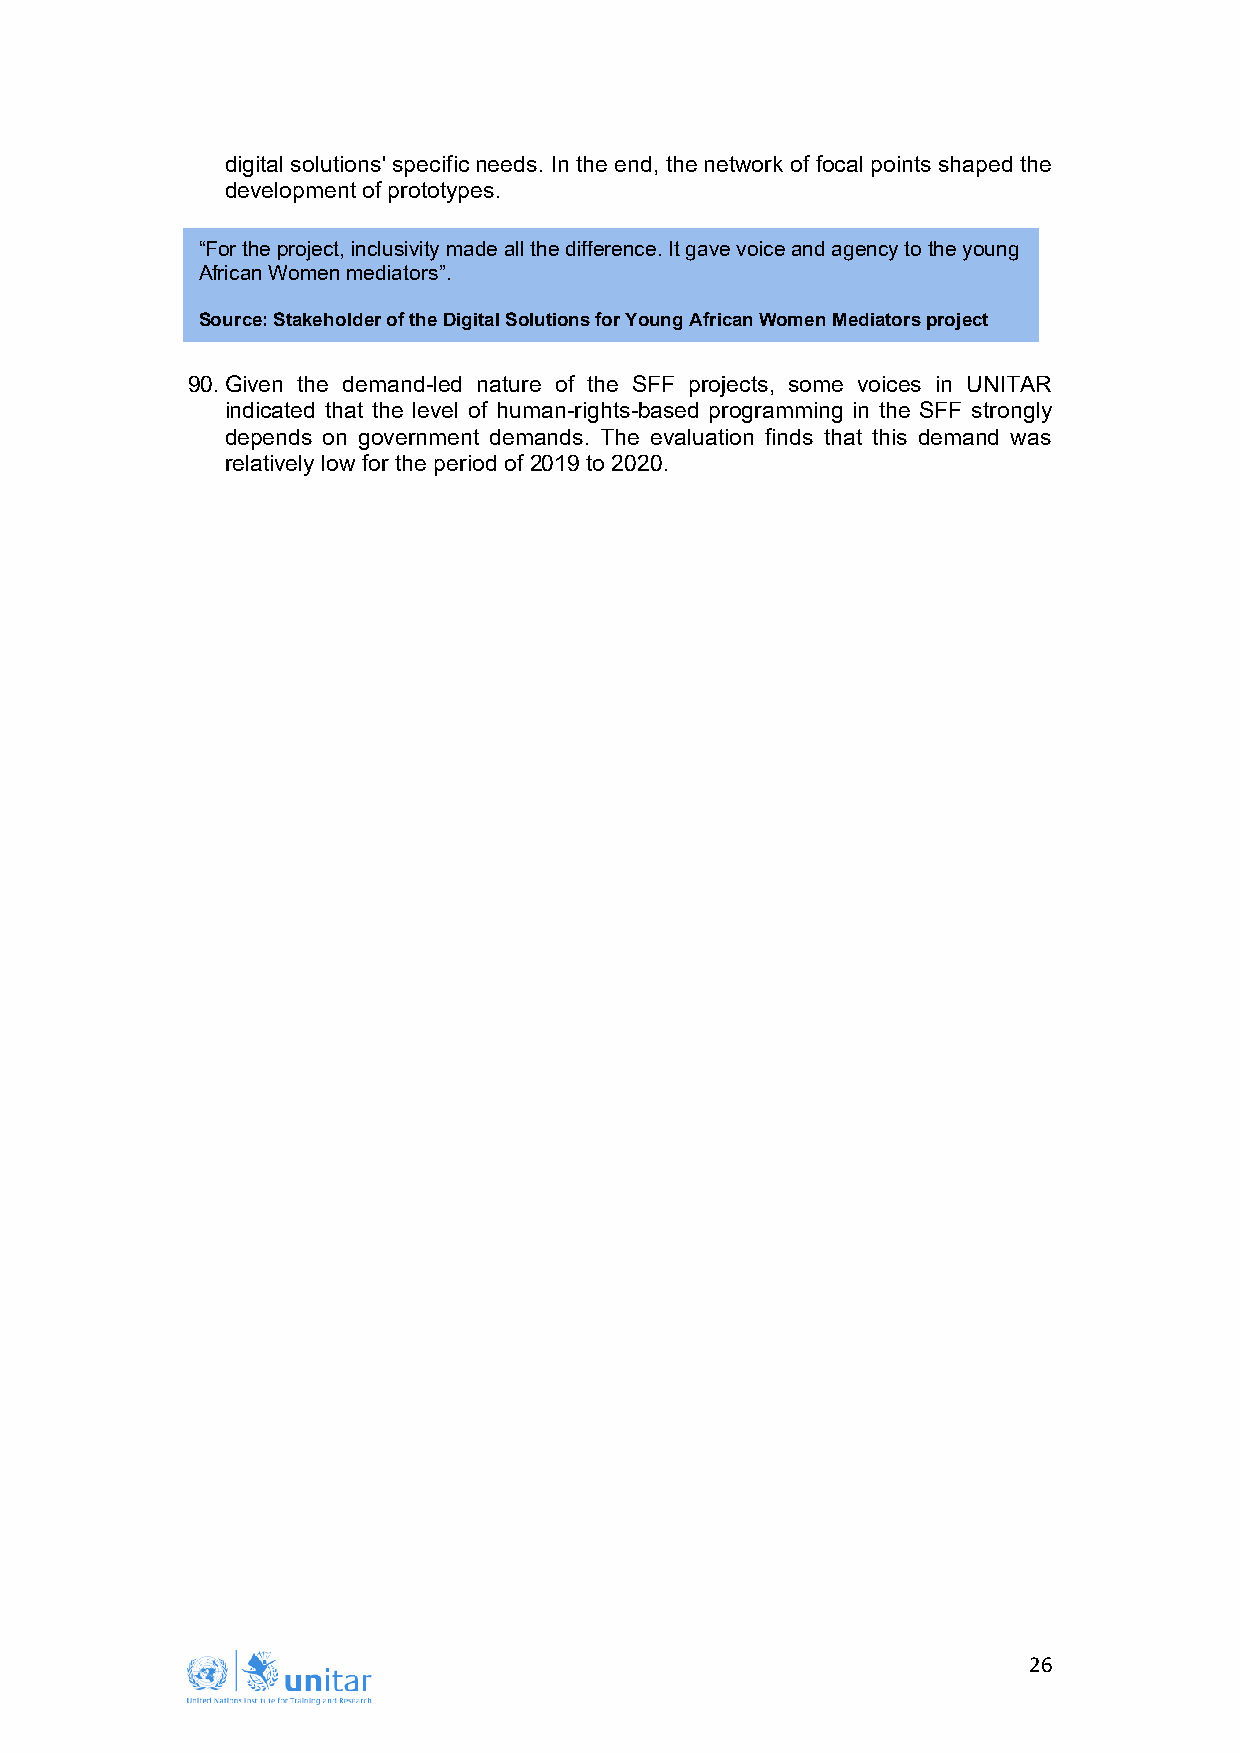
digital solutions' specific needs. In the end, the network of focal points shaped the
 development of prototypes.
 “For the project, inclusivity made all the difference. It gave voice and agency to the young
 African Women mediators”.
 Source: Stakeholder of the Digital Solutions for Young African Women Mediators project
 90. Given the demand-led nature of the SFF projects, some voices in UNITAR
 indicated that the level of human-rights-based programming in the SFF strongly
 depends on government demands. The evaluation finds that this demand was
 relatively low for the period of 2019 to 2020.
 26